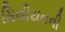
મિલીયનની